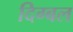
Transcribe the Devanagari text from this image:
दिग्बल